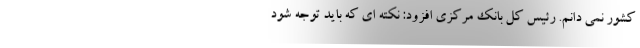
کشور نمی دانم. رئیس کل بانک مرکزی افزود: نکته ای که باید توجه شود